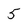
Character: 5